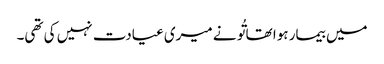
میں بیمار ہوا تھا تُو نے میری عیادت نہیں کی تھی۔